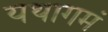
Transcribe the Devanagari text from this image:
यथागमं